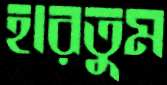
হারতুম